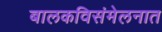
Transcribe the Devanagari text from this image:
बालकविसंमेलनात